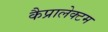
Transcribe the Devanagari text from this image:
कैप्रालेक्टम